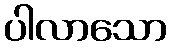
ပါလာသော